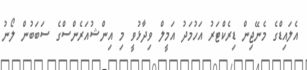
އެލައިޑްގެ މެނޭޖިން ޑިރެކްޓަރު އަހުމަދު އަމީލް ވިދާޅުވީ މި އިންޝުއަރެންސްގެ ސަބަބުން ލޯނު